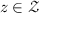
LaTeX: z \in { \mathcal { Z } }